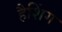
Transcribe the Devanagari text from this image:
हैशिंग